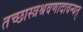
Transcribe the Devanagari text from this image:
तच्छास्त्रश्रवणादावन्यत्